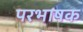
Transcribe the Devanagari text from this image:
परभाषक